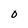
Character: O